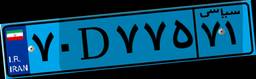
۷۰D۷۷۵۷۱